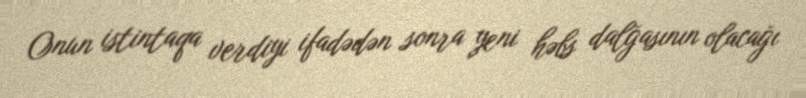
Onun istintaqa verdiyi ifadədən sonra yeni həbs dalğasının olacağı